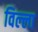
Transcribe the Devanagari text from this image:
विल्‍ला